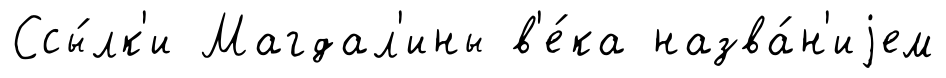
Ссы́лк'и Магдал'ины в'е́ка назва́н'иjем